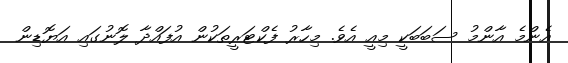
އެންމެ އާންމު ސަބަބަކީ މިއީ އެވެ. މިހާރު ފެކްޓަރީތަކުން އުފައްދާ ލޮނުގައި އަޔޮޑިން